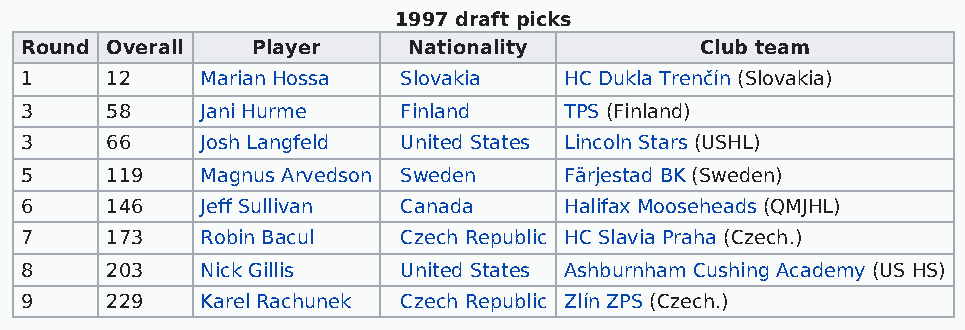
1997 draft picks
 Round Overall   Player    Nationality        Club team
 1     12    Marian Hossa  Slovakia  HC Dukla Trenčín (Slovakia)
 3     58    Jani Hurme    Finland   TPS (Finland)
 3     66    Josh Langfeld United States Lincoln Stars (USHL)
 5     119   Magnus Arvedson Sweden  Färjestad BK (Sweden)
 6     146   Jeff Sullivan Canada    Halifax Mooseheads (QMJHL)
 7     173   Robin Bacul   Czech Republic HC Slavia Praha (Czech.)
 8     203   Nick Gillis   United States Ashburnham Cushing Academy (US HS)
 9     229   Karel Rachunek Czech Republic Zlín ZPS (Czech.)